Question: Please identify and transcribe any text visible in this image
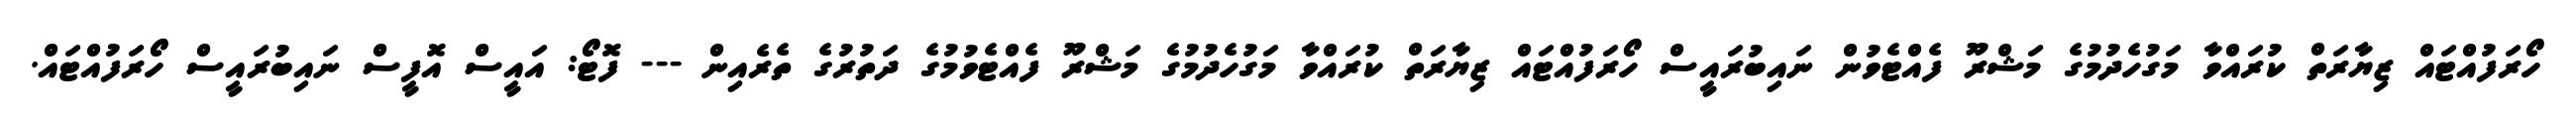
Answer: ހޯރަފުއްޓައް ޒިޔާރަތް ކުރައްވާ މަގުހެދުމުގެ މަޝްރޫ ފެއްޓެވުން ނައިބުރައީސް ހޯރަފުއްޓައް ޒިޔާރަތް ކުރައްވާ މަގުހެދުމުގެ މަޝްރޫ ފެއްޓެވުމުގެ ދަތުރުގެ ތެރެއިން --- ފޮޓޯ: އައީސް އޮފީސް ނައިބުރައީސް ހޯރަފުއްޓައް.